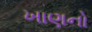
ખાણનો